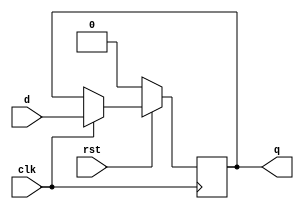
`timescale 1ns / 1ps
//////////////////////////////////////////////////////////////////////////////////
// Company: 
// Engineer: 
// 
// Design Name: 
// Module Name: dff_sahr
// Project Name: 
// Target Devices: 
// Tool Versions: 
// Description: 
// 
// Dependencies: 
// 
// Revision:
// Revision 0.01 - File Created
// Additional Comments:
// 
//////////////////////////////////////////////////////////////////////////////////


module dff_sahr(q,d,clk,rst);
input d,clk,rst;
output reg q;
always @(posedge clk)
if (!rst) q<=1'b0;
else if (clk) q<=d;

endmodule